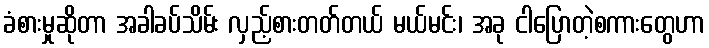
ခံစားမှုဆိုတာ အခါခပ်သိမ်း လှည့်စားတတ်တယ် မယ်မင်း၊ အခု ငါပြောတဲ့စကားတွေဟာ